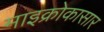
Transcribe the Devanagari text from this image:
माइक्रोकासार